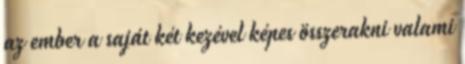
az ember a saját két kezével képes összerakni valami